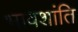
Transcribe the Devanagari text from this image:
भावशांति